Lunatic asylums Burma 1922-24 - 1922-1924
Year: 1922
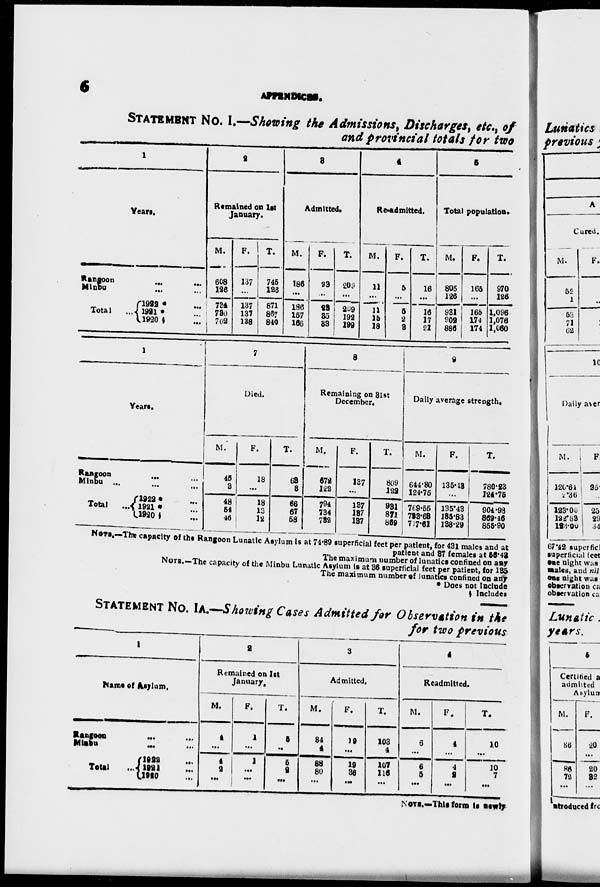
6
APPENDI CES.
STATEMENT No. I.—Showing the Admissions, Discharges, etc., of
and Provincial totals for two
1
Years.
Rangoon
...
...
Minbu ... ...
Total ...
1922* ...
1921 * ...
1920 § ...
2
Remained on 1st
January.
M.
608
126
734
730
702
F.
137
...
137
137
138
T.
745
126
871
867
840
3
Admitted.
M.
186
...
186
157
166
F.
23
...
23
35
33
T.
209
...
209
192
199
4
Re-admitted.
M.
11
...
11
15
18
F.
5
...
5
2
3
T.
16
...
16
17
21
5
Total population.
M.
805
126
931
902
886
F.
165
...
165
174
174
T.
970
126
1,096
1,076
1,060
1
Years.
Rangoon ... ...
Minbu ... ...
Total
...
1922 * ...
1921 * ...
1920 § ...
7
Died.
M.
45
3
48
54
46
F.
18
...
18
13
12
T.
68
3
66
67
58
8
Remaining on 31st
December.
M.
672
122
794
734
732
F.
137
...
137
137
137
T.
809
122
931
871
869
9
Daily average strength.
M.
644.80
124.75
769.55
733.63
717.61
F.
135.43
...
135.43
135.83
138.29
T.
780.23
124.75
904.98
869.46
855.90
NOTE.—The capacity of the Rangoon Lunatic Asylum is at 74.89 superficial feet per patient, for 431 males and at
patient and 87 females at 56.43
The maximum number of lunatics confined on any
NOTE.—The capacity of the Minbu Lunatic Asylum is at 36 superficial feet per patient, for 135
The maximum number of lunatics confined on any
* Does not Include
§ Includes
STATEMENT No. IA.—Showing Cases Admitted for Observation in the
for two previous
1
Name of Asylum.
Rangoon
...
...
Minbu ... ...
Total
...
1922 ...
1921 ...
1920 ...
2
Remained on 1st
January.
M.
4
...
4
2
...
F.
1
...
1
...
...
T.
5
...
5
2
...
3
Admitted.
M.
84
4
88
80
...
F.
19
...
19
36
...
T.
103
4
107
116
...
4
Readmitted.
M.
6
...
6
5
...
F.
4
...
4
2
...
T.
10
...
10
7
...
NOTE.—This form is newly